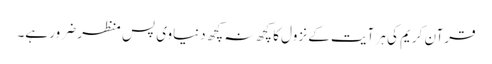
قرآن کریم کی ہر آیت کے نزول کا کچھ نہ کچھ دنیاوی پس منظر ضرور ہے۔